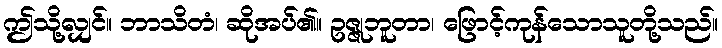
ဤသို့လျှင်။ ဘာသိတံ၊ ဆိုအပ်၏။ ဥဇ္ဇုဘူတာ၊ ဖြောင့်ကုန်သောသူတို့သည်။